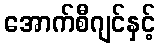
အောက်စီဂျင်နှင့်